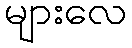
များလေ